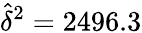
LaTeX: \widehat{\delta}^{2}=2496.3